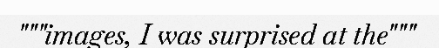
"""images, I was surprised at the"""